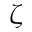
\zeta